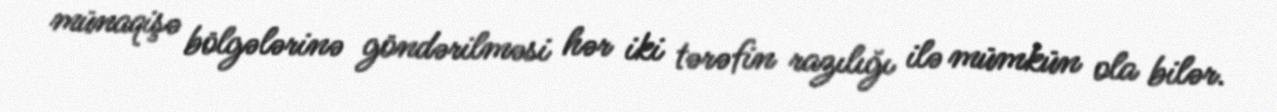
münaqişə bölgələrinə göndərilməsi hər iki tərəfin razılığı ilə mümkün ola bilər.